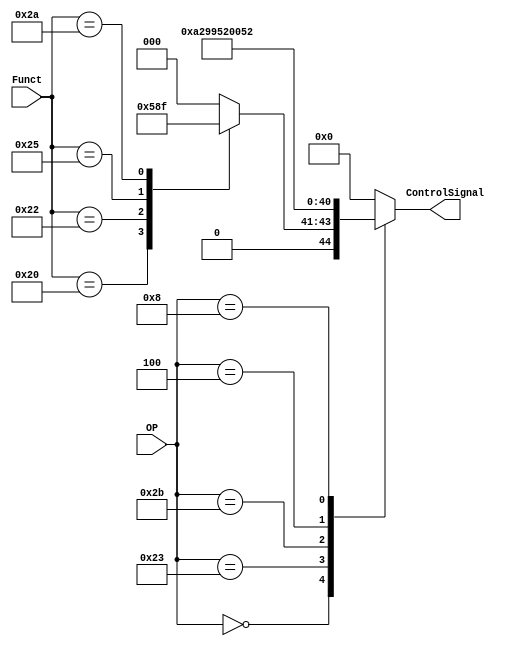
`timescale 1ns/10ps
module ControlUnit(
input [5:0] OP, Funct,
output reg [8:0] ControlSignal
);
// 8 : Branch __ 7-5 : ALUCtrl  4: ALUSrc  3: RegDst __ 2: MemWrite __ 1: RegWrite  0: MemtoReg
//MemtoReg// 1: output of data memory be write data input of register, 0: output of ALU go to  write data input of register. can be 'x'
//RegWrite// 1: use write register of register file
//MemWrite// 1: data write to data memory
//RegDst// 1: rd field be used to be register input , 0: rt field be used to be register input. can be 'x'
//ALUSrc// 1: second source is immediate value of sign_extended , 0: second source is register2 of register file
//[2:0] ALUCtrl// 3bit control signal to ALU {(bit inverse), (ALUOp)} 00: AND 01: OR 10: ADD
//Branch// 1: branch operation

reg [2:0] ALUctrl;

always @(*) begin
    case(OP)
    6'b000000 : // R-type
    begin
    case(Funct)
        6'b100000: ALUctrl = 3'b010; //add
        6'b100010: ALUctrl = 3'b110; //subtract
        6'b100100: ALUctrl = 3'b000; //AND
        6'b100101: ALUctrl = 3'b001; //OR
        6'b101010: ALUctrl = 3'b111; //slt
        default : ALUctrl = 3'b000;
    endcase
    ControlSignal = {1'b0,ALUctrl,5'b01_0_10};
    end
    6'b100011 : // lw (35)
    ControlSignal = 9'b0_010_10_0_11;
    
    6'b101011 : // sw (43)
    ControlSignal = 9'b0_010_10_1_00;
    
    6'b000100 : // beq (4)
    ControlSignal = 9'b1_000_00_0_00;
    
    6'b001000 : // addi (8)
    ControlSignal = 9'b0_010_10_0_10;
    
    default : 
    ControlSignal = 0;
    endcase
end
endmodule